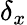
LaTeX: \delta_{x}